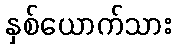
နှစ်ယောက်သား